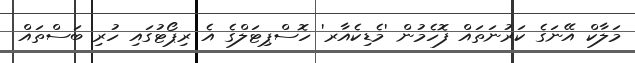
މަލާކް އޭނަގެ ކަރުނަތައް ފޮހެމުން 'މެޑިކެއާރ' ހޮސްޕިޓަލްގެ އެ ރިޕޯޓުގައި ހުރި ބަސްތައް